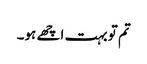
تم تو بہت اچھے ہو۔